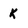
Character: K